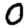
Digit: 0